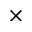
\times